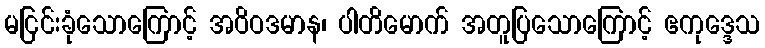
မငြင်းခုံသောကြောင့် အဝိဝဒမာန၊ ပါတိမောက် အတူပြသောကြောင့် ဧကုဒ္ဒေသ